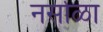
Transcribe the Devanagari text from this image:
नर्साळा